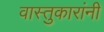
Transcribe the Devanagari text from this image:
वास्तुकारांनी